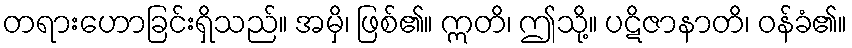
တရားဟောခြင်းရှိသည်။ အမှိ၊ ဖြစ်၏။ ဣတိ၊ ဤသို့။ ပဋိဇာနာတိ၊ ဝန်ခံ၏။